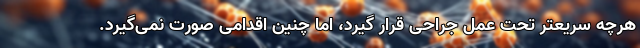
هرچه سریعتر تحت عمل جراحی قرار گیرد، اما چنین اقدامی صورت نمی‌گیرد.